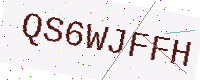
Text: QS6WJFFH